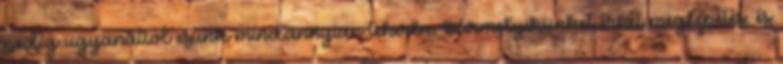
pedig ugyanattól esünk mindannyian teherbe, bármelyikünket érhet meglepetés, és